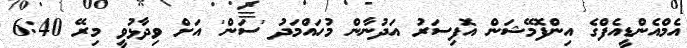
އެމްއެންޑީއެފްގެ އިންފޮމޭޝަން އޮފިސަރު އަދުނާން މުހައްމަދު 'ސަން' އަށް ވިދާޅުވީ މިރޭ 6:40